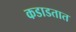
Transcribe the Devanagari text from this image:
कडाडतात